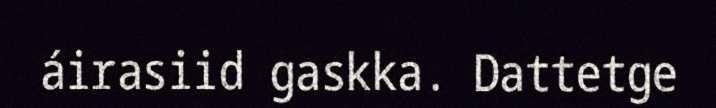
áirasiid gaskka. Dattetge